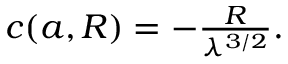
\begin{array} { r } { c ( { a } , R ) = - \frac { R } { \lambda ^ { 3 / 2 } } . } \end{array}